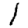
Digit: 1